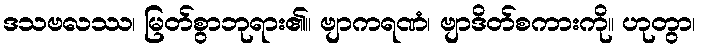
ဒသဗလဿ၊ မြတ်စွာဘုရား၏။ ဗျာကရဏံ၊ ဗျာဒိတ်စကားကို။ ဟုတွာ၊